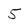
Character: 5